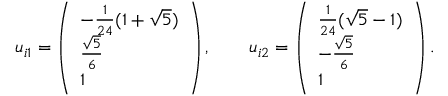
u _ { i 1 } = \left( \begin{array} { l } { { - \frac { 1 } { 2 4 } ( 1 + \sqrt { 5 } ) } } \\ { { \frac { \sqrt { 5 } } { 6 } } } \\ { { 1 } } \end{array} \right) , \qquad u _ { i 2 } = \left( \begin{array} { l } { { \frac { 1 } { 2 4 } ( \sqrt { 5 } - 1 ) } } \\ { { - \frac { \sqrt { 5 } } { 6 } } } \\ { { 1 } } \end{array} \right) .